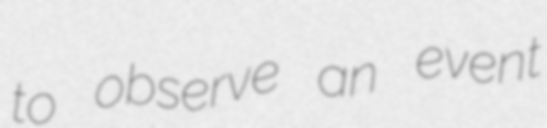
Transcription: to observe an event